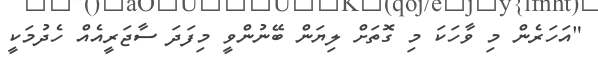
"އަހަރެން މި ވާހަކަ މި ގޮތަށް ލިޔަން ބޭނުންވީ މިފަދަ ސާޖަރީއެއް ހެދުމަކީ